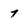
Character: 7